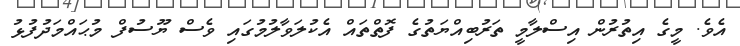
އެވެ. މީގެ އިތުރުން އިސްލާމީ ތަރުބިއްޔަތުގެ ފޮތްތައް އެކުލަވާލުމުގައި ވެސް ޔޫސުފް މުޙައްމަދުފުޅު